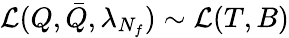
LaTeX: {\cal L}(Q,\bar{Q},\lambda_{N_{f}})\sim{\cal L}(T,B)